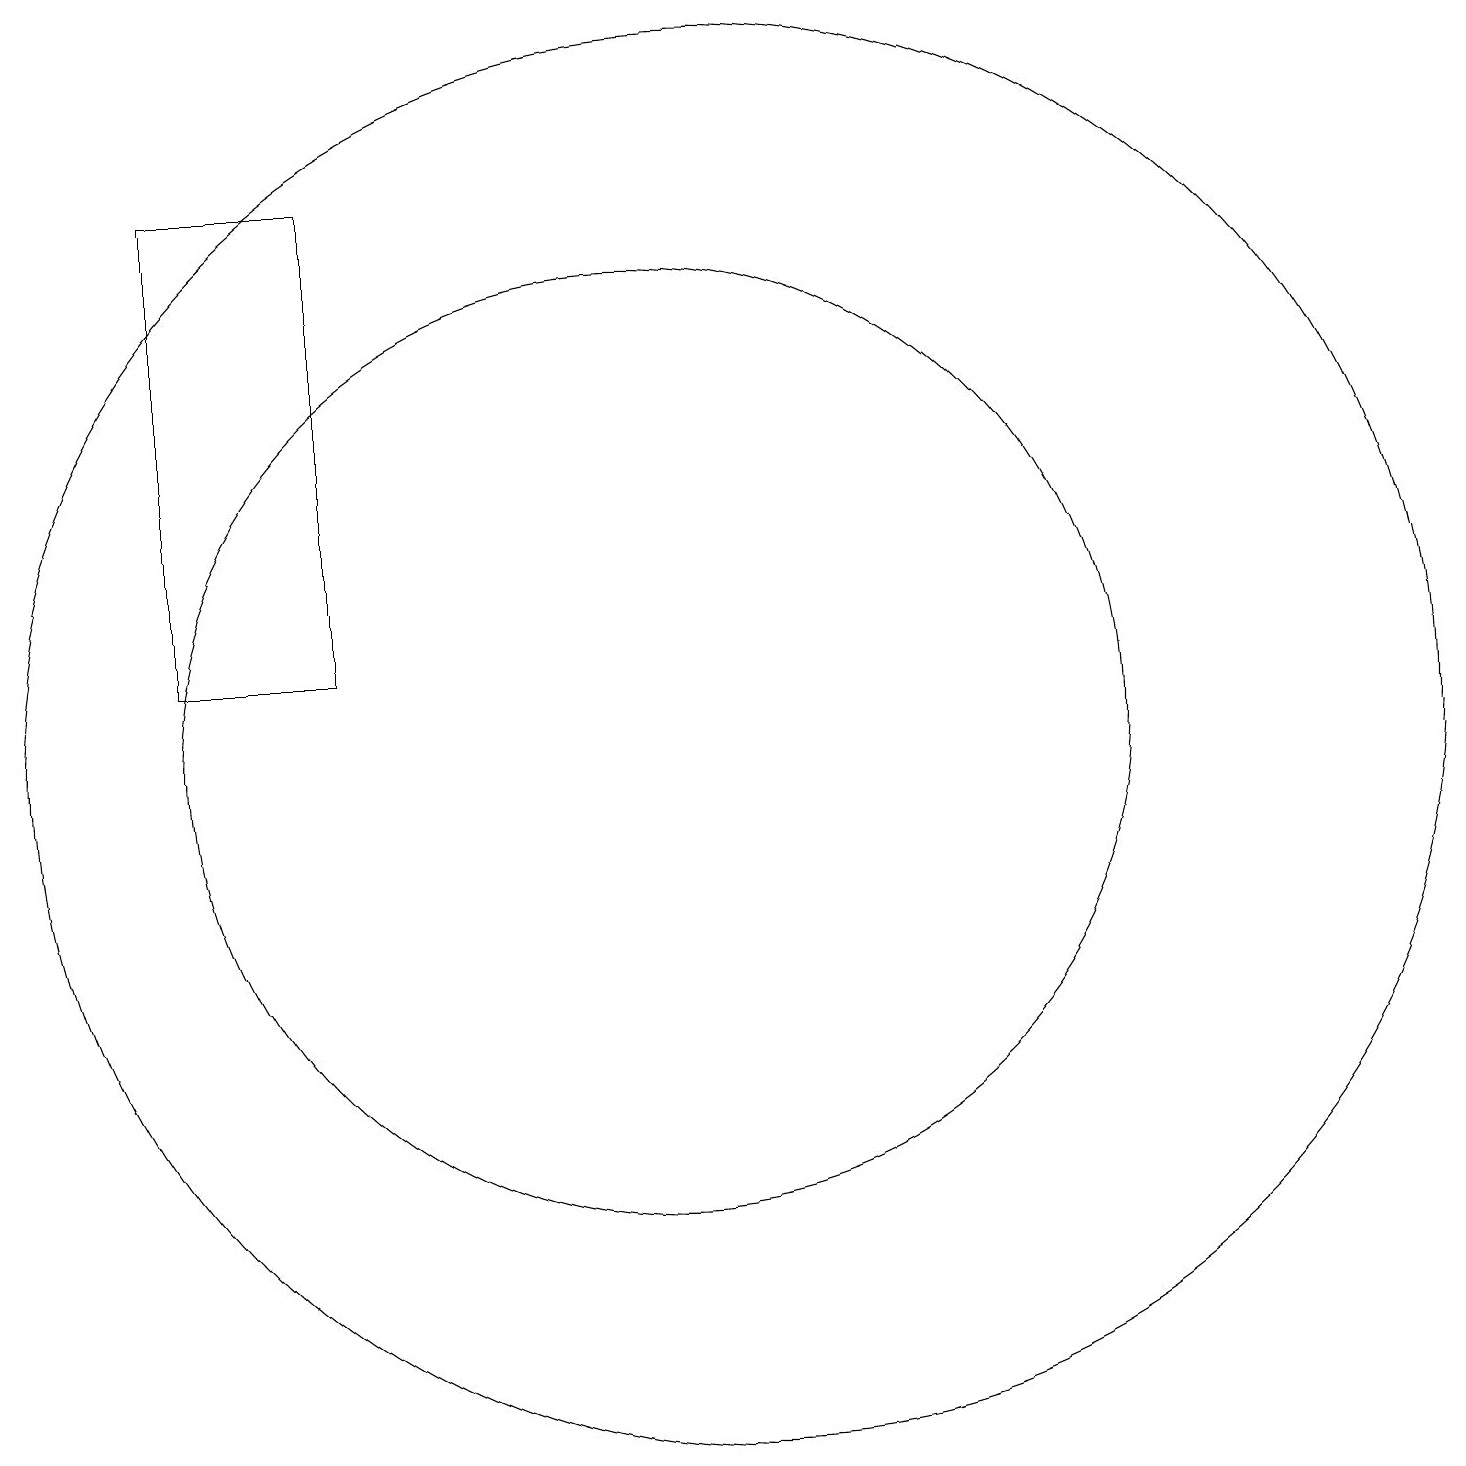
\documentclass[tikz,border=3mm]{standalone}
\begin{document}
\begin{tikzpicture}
\draw (10,11) circle (6);
\draw (11,11) circle (9);
\draw (4,12) rectangle (6,18);
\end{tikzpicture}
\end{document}